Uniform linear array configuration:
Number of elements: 24
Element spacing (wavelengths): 0.25
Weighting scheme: kaiser
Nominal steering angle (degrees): -60
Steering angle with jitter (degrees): -60.007
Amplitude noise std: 0.05
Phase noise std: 0.05

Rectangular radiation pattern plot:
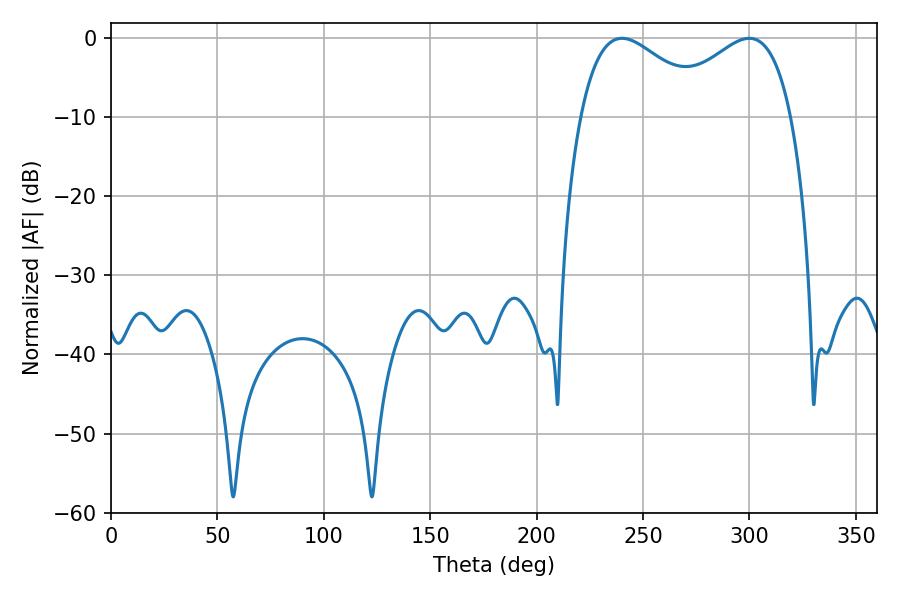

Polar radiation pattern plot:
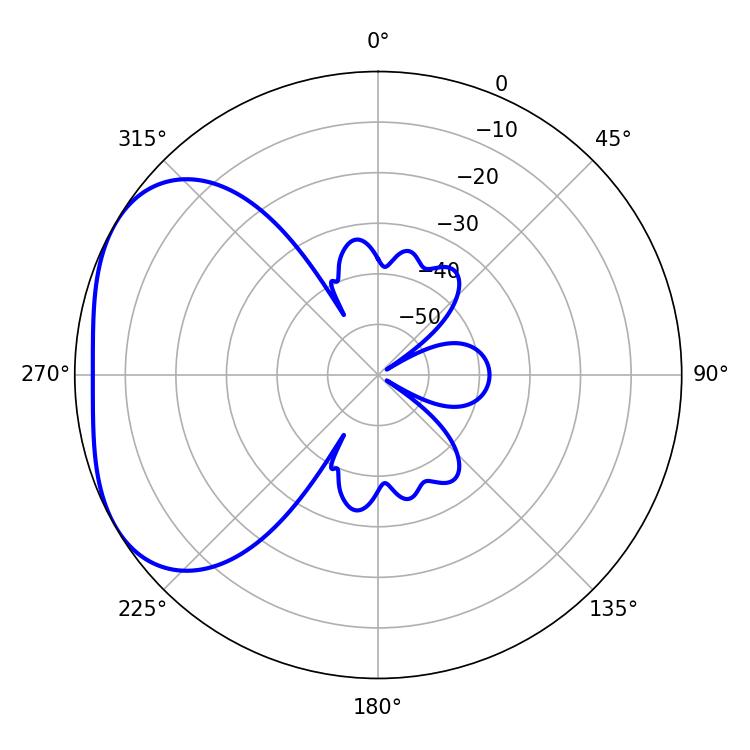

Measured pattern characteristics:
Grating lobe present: FALSE
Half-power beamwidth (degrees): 33.3
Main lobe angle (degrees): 240.12